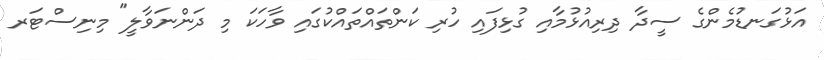
އަޅުގަނޑުމެންގެ ސީދާ ދިރިއުޅުމާއި ގުޅިފައި ހުރި ކަންތައްތައްކުގައި ވާހަކަ މި ދަންނަވާލީ" މިނިސްޓަރ